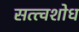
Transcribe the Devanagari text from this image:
सत्त्वशोध